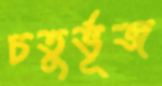
চতুর্ভূজ